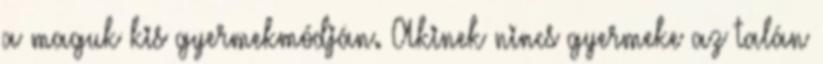
a maguk kis gyermekmódján. Akinek nincs gyermeke az talán